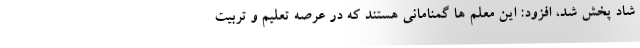
شاد پخش شد، افزود: این معلم ها گمنامانی هستند که در عرصه تعلیم و تربیت